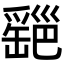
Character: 𦉔